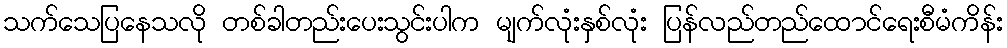
သက်သေပြနေသလို တစ်ခါတည်းပေးသွင်းပါက မျက်လုံးနှစ်လုံး ပြန်လည်တည်ထောင်ရေးစီမံကိန်း